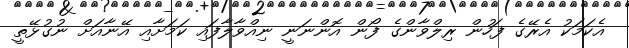
އެކަމަކު އެރޭގެ ފަހުން ރިލްވާންގެ ފޯން އޮންނަނީ ނިއްވާލާފައި ކަމަށާއި އޭނާއަށް ނުގުޅޭތީ